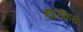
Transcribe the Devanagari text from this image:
बारिकियों